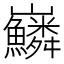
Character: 𡿠